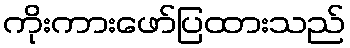
ကိုးကားဖော်ပြထားသည်